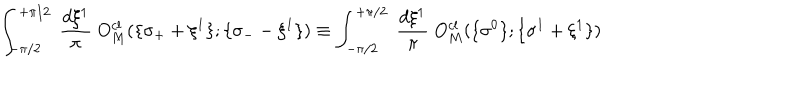
\int _ { - \pi / 2 } ^ { + \pi / 2 } ~ \frac { d \xi ^ { 1 } } { \pi } ~ O _ { M } ^ { c l } ( \{ \sigma _ { + } + \xi ^ { 1 } \} ; \{ \sigma _ { - } - \xi ^ { 1 } \} ) \equiv \int _ { - \pi / 2 } ^ { + \pi / 2 } ~ \frac { d \xi ^ { 1 } } { \pi } ~ O _ { M } ^ { c l } ( \{ \sigma ^ { 0 } \} ; \{ \sigma ^ { 1 } + \xi ^ { 1 } \} )